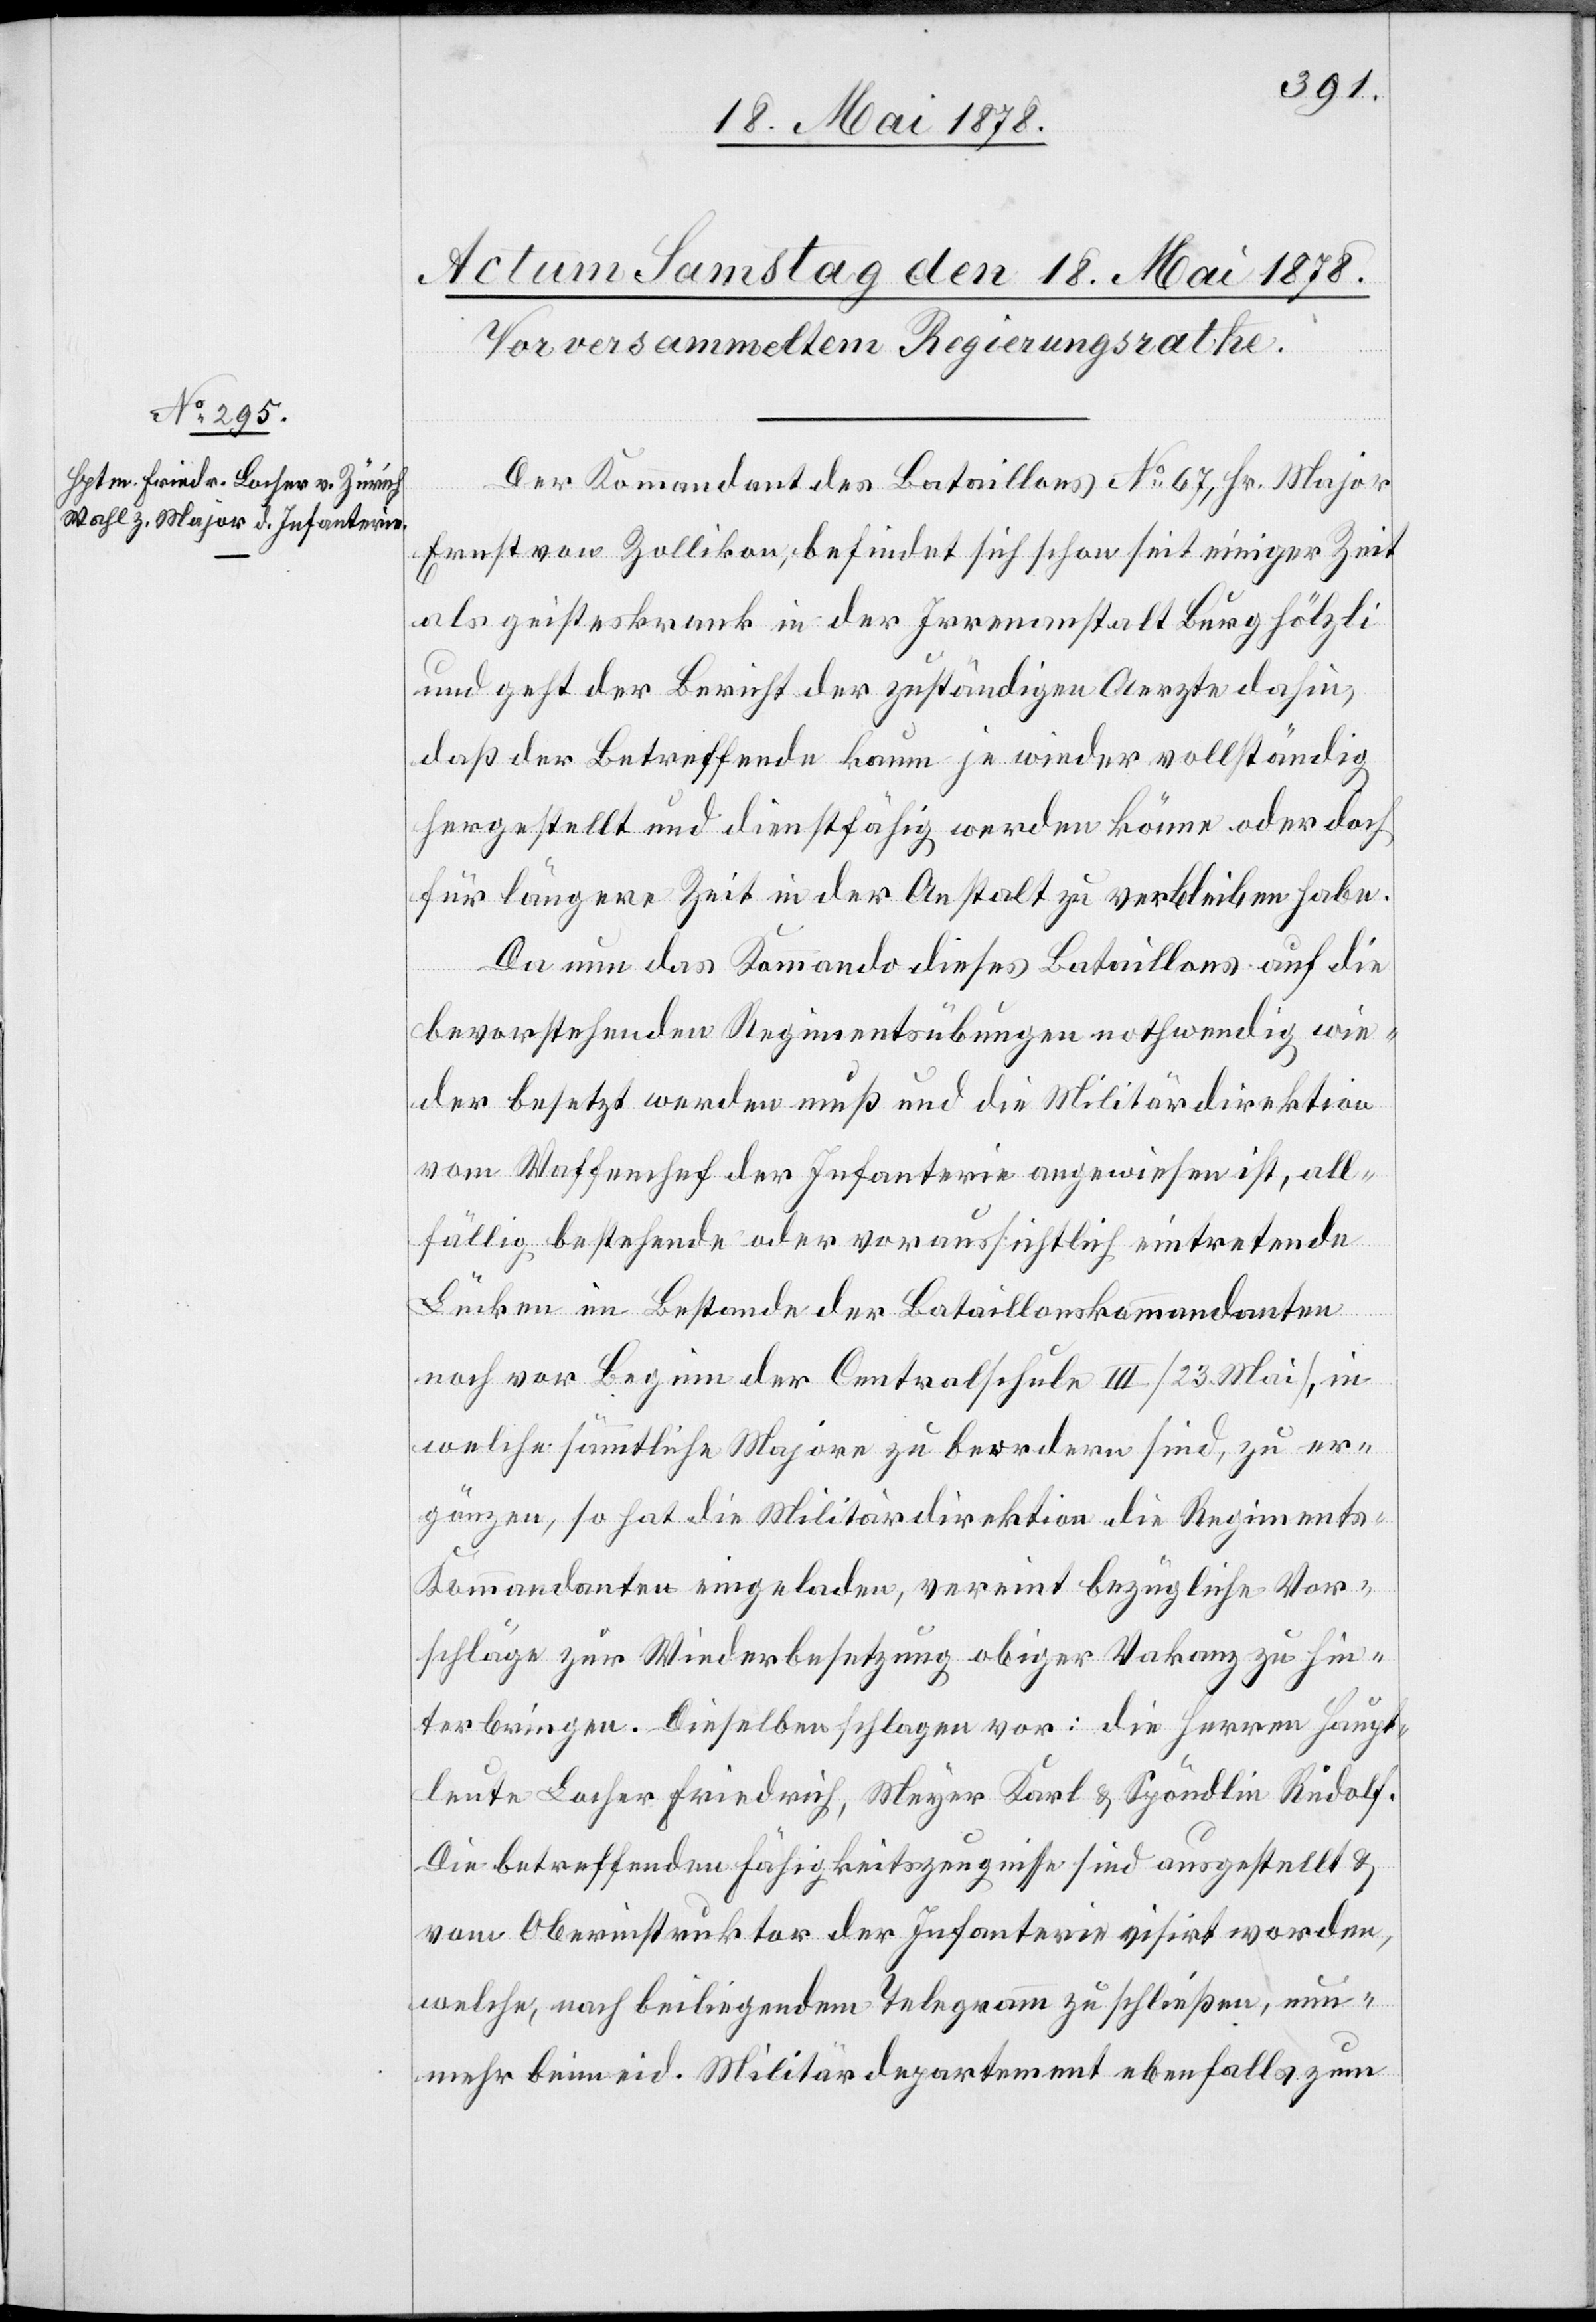
Der Kommandant des Bataillons No 67, Hr. Major
Ernst von Zollikon, befindet sich schon seit einiger Zeit
als geisteskrank in der Irrenanstalt Burghölzli
und geht der Bericht der zuständigen Aerzte dahin,
daß der Betreffende kaum je wieder vollständig
hergestellt und dienstfähig werden könne oder doch
für längere Zeit in der Anstalt zu verbleiben habe.
Da nun das Kommando dieses Bataillons auf die
bevorstehenden Regimentsübungen nothwendig wie¬
der besetzt werden muß und die Militärdirektion
vom Waffenchef der Infanterie angewiesen ist, all¬
fällig bestehende oder voraussichtlich eintretende
Brücken im Bestande der Bataillonskommandanten
noch vor Beginn der Centralschule III (23. Mai), in
welche sämmtliche Majore zu beordnen sind, zu er¬
gänzen, so hat die Militärdirektion die Regiments-K¬
ommandanten eingeladen, vereint bezügliche Vor¬
schläge zur Wiederbesetzung obiger Vakanz zu hin¬
terbringen. Dieselben schlagen vor: die Herren Haupt¬
leute Locher Friedrich, Meyer Karl & Spöndlin Rudolf.
Die betreffenden Fähigkeitszeugnisse sind ausgestellt &
vom Oberinstruktor der Infanterie visirt worden,
welche, nach beiligendem Telegramm zu schließen, nun¬
mehr beim eid. Militärdepartement ebenfalls zum